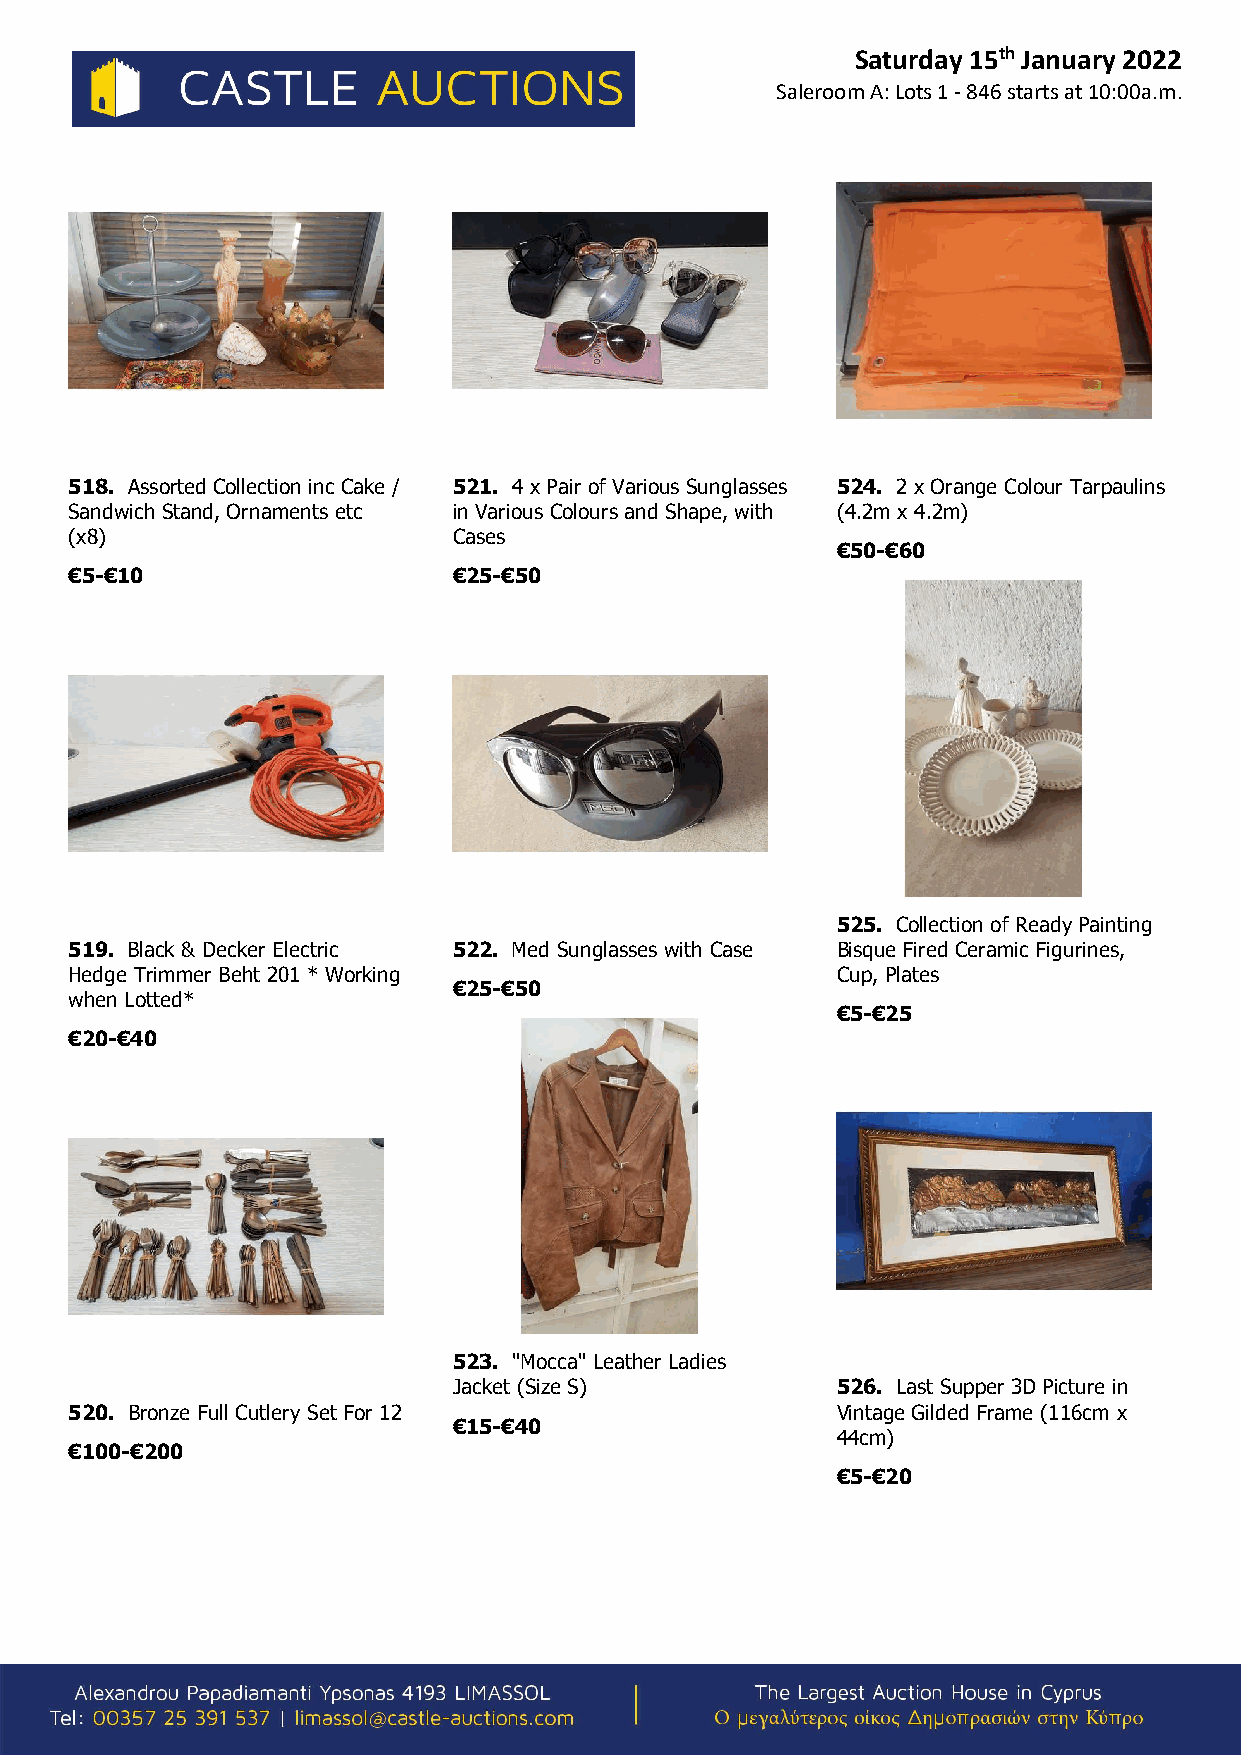
Saturday 15th January 2022
 Saleroom A: Lots 1 - 846 starts at 10:00a.m.
 518. Assorted Collection inc Cake / 521. 4 x Pair of Various Sunglasses 524. 2 x Orange Colour Tarpaulins
 Sandwich Stand, Ornaments etc in Various Colours and Shape, with (4.2m x 4.2m)
 (x8)                     Cases
 €50-€60
 €5-€10                   €25-€50
 525. Collection of Ready Painting
 519. Black & Decker Electric 522. Med Sunglasses with Case Bisque Fired Ceramic Figurines,
 Hedge Trimmer Beht 201 * Working                  Cup, Plates
 €25-€50
 when Lotted*
 €5-€25
 €20-€40
 523. "Mocca" Leather Ladies
 Jacket (Size S)          526. Last Supper 3D Picture in
 520. Bronze Full Cutlery Set For 12               Vintage Gilded Frame (116cm x
 €15-€40
 44cm)
 €100-€200
 €5-€20